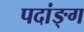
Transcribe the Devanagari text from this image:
पदांङ्ग